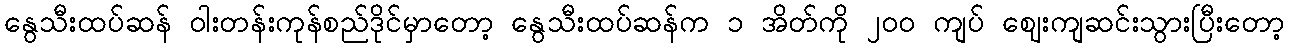
နွေသီးထပ်ဆန် ဝါးတန်းကုန်စည်ဒိုင်မှာတော့ နွေသီးထပ်ဆန်က ၁ အိတ်ကို ၂၀၀ ကျပ် ဈေးကျဆင်းသွားပြီးတော့